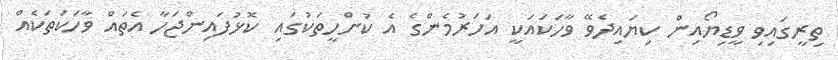
ތިރީގައިވި ވީޑިޔޯއިން ކިޔައިދެވޭ ވާހަކައަކީ އަހަރުމެންގެ އެ ކުށްހީތަކުގައި ކޮޅުފައިންޖަހާ އެތައް ވާހަކަތަކެއް